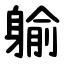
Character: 䠼